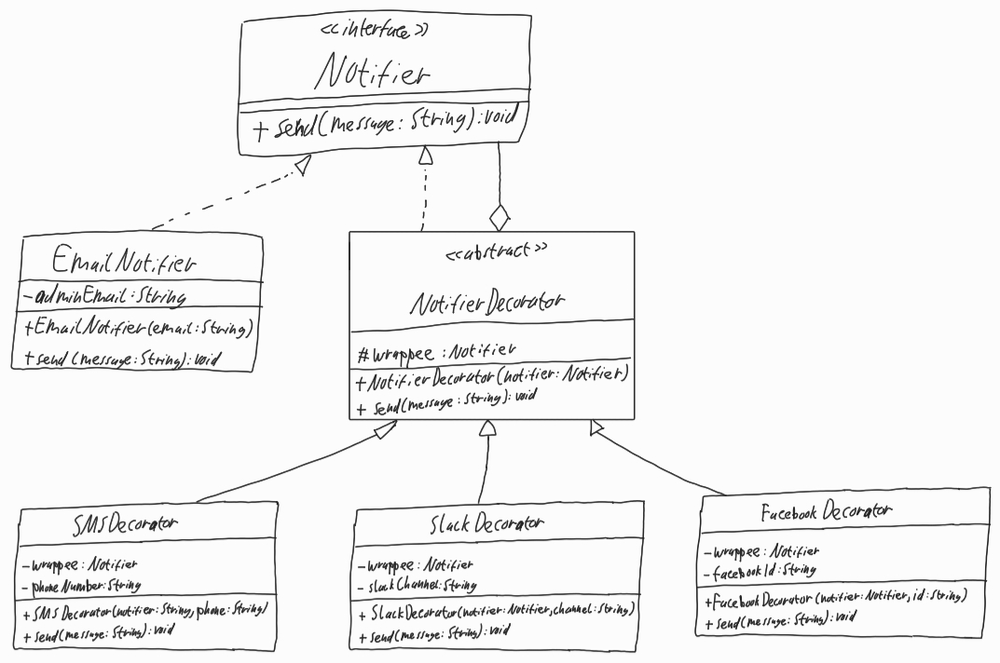
Diagram type: class_diagram
```plantuml
@startuml

interface Notifier {
  + send(message: String): void
}

class EmailNoifier implements Notifier {
  - adminEmail: String
  + EmailNotifier(email: String)
  + send(message: String): void
}

abstract NotifierDecorator implements Notifier {
  # wrappee: Notifier
  + NotifierDecorator(notifier: Notifier)
  + send(message: String): void
}

class SMSDecorator extends NotifierDecorator {
  - wrappee: Notifier
  - phoneNumber: String
  + SMSDecorator(message: String, phone: String)
  + send(message: String): void
}

class SlackDecorator  extends NotifierDecorator {
  - wrappee: Notifier
  - slackChannel: String
  + SlackDecorator(message: String, phone: String)
  + send(message: String): void
}

class FacebookDecorator extends NotifierDecorator {
  - wrappee: Notifier
  - facebookId: String
  + FacebookDecorator(message: String, phone: String)
  + send(message: String): void
}

NotifierDecorator o-- Notifier

@enduml
```